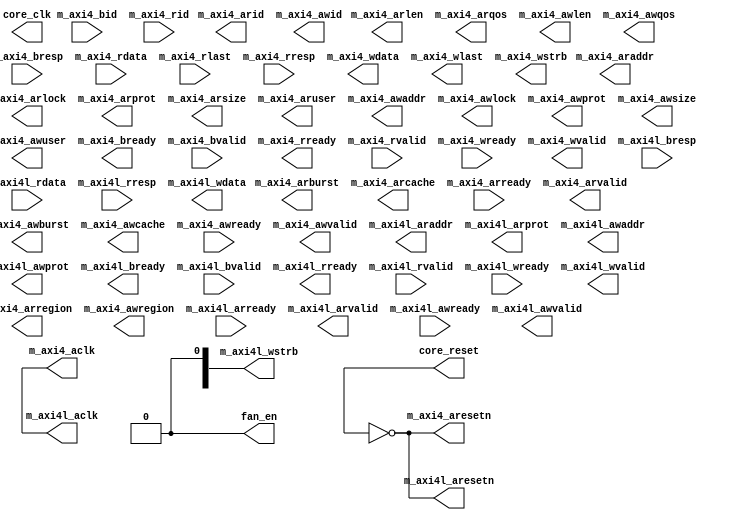

`timescale 1 ns / 1 ps


module design_1
   (core_clk,
    core_reset,
    fan_en,
    m_axi4_aclk,
    m_axi4_araddr,
    m_axi4_arburst,
    m_axi4_arcache,
    m_axi4_aresetn,
    m_axi4_arid,
    m_axi4_arlen,
    m_axi4_arlock,
    m_axi4_arprot,
    m_axi4_arqos,
    m_axi4_arready,
    m_axi4_arregion,
    m_axi4_arsize,
    m_axi4_aruser,
    m_axi4_arvalid,
    m_axi4_awaddr,
    m_axi4_awburst,
    m_axi4_awcache,
    m_axi4_awid,
    m_axi4_awlen,
    m_axi4_awlock,
    m_axi4_awprot,
    m_axi4_awqos,
    m_axi4_awready,
    m_axi4_awregion,
    m_axi4_awsize,
    m_axi4_awuser,
    m_axi4_awvalid,
    m_axi4_bid,
    m_axi4_bready,
    m_axi4_bresp,
    m_axi4_bvalid,
    m_axi4_rdata,
    m_axi4_rid,
    m_axi4_rlast,
    m_axi4_rready,
    m_axi4_rresp,
    m_axi4_rvalid,
    m_axi4_wdata,
    m_axi4_wlast,
    m_axi4_wready,
    m_axi4_wstrb,
    m_axi4_wvalid,
    m_axi4l_aclk,
    m_axi4l_araddr,
    m_axi4l_aresetn,
    m_axi4l_arprot,
    m_axi4l_arready,
    m_axi4l_arvalid,
    m_axi4l_awaddr,
    m_axi4l_awprot,
    m_axi4l_awready,
    m_axi4l_awvalid,
    m_axi4l_bready,
    m_axi4l_bresp,
    m_axi4l_bvalid,
    m_axi4l_rdata,
    m_axi4l_rready,
    m_axi4l_rresp,
    m_axi4l_rvalid,
    m_axi4l_wdata,
    m_axi4l_wready,
    m_axi4l_wstrb,
    m_axi4l_wvalid);
  output core_clk;
  output [0:0]core_reset;
  output [0:0]fan_en;
  output m_axi4_aclk;
  output [39:0]m_axi4_araddr;
  output [1:0]m_axi4_arburst;
  output [3:0]m_axi4_arcache;
  output [0:0]m_axi4_aresetn;
  output [15:0]m_axi4_arid;
  output [7:0]m_axi4_arlen;
  output [0:0]m_axi4_arlock;
  output [2:0]m_axi4_arprot;
  output [3:0]m_axi4_arqos;
  input [0:0]m_axi4_arready;
  output [3:0]m_axi4_arregion;
  output [2:0]m_axi4_arsize;
  output [15:0]m_axi4_aruser;
  output [0:0]m_axi4_arvalid;
  output [39:0]m_axi4_awaddr;
  output [1:0]m_axi4_awburst;
  output [3:0]m_axi4_awcache;
  output [15:0]m_axi4_awid;
  output [7:0]m_axi4_awlen;
  output [0:0]m_axi4_awlock;
  output [2:0]m_axi4_awprot;
  output [3:0]m_axi4_awqos;
  input [0:0]m_axi4_awready;
  output [3:0]m_axi4_awregion;
  output [2:0]m_axi4_awsize;
  output [15:0]m_axi4_awuser;
  output [0:0]m_axi4_awvalid;
  input [15:0]m_axi4_bid;
  output [0:0]m_axi4_bready;
  input [1:0]m_axi4_bresp;
  input [0:0]m_axi4_bvalid;
  input [31:0]m_axi4_rdata;
  input [15:0]m_axi4_rid;
  input [0:0]m_axi4_rlast;
  output [0:0]m_axi4_rready;
  input [1:0]m_axi4_rresp;
  input [0:0]m_axi4_rvalid;
  output [31:0]m_axi4_wdata;
  output [0:0]m_axi4_wlast;
  input [0:0]m_axi4_wready;
  output [3:0]m_axi4_wstrb;
  output [0:0]m_axi4_wvalid;
  output m_axi4l_aclk;
  output [39:0]m_axi4l_araddr;
  output [0:0]m_axi4l_aresetn;
  output [2:0]m_axi4l_arprot;
  input m_axi4l_arready;
  output m_axi4l_arvalid;
  output [39:0]m_axi4l_awaddr;
  output [2:0]m_axi4l_awprot;
  input m_axi4l_awready;
  output m_axi4l_awvalid;
  output m_axi4l_bready;
  input [1:0]m_axi4l_bresp;
  input m_axi4l_bvalid;
  input [31:0]m_axi4l_rdata;
  output m_axi4l_rready;
  input [1:0]m_axi4l_rresp;
  input m_axi4l_rvalid;
  output [31:0]m_axi4l_wdata;
  input m_axi4l_wready;
  output [3:0]m_axi4l_wstrb;
  output m_axi4l_wvalid;

  wire core_clk;
  wire [0:0]core_reset;
  wire [0:0]fan_en;
  wire m_axi4_aclk;
  wire [39:0]m_axi4_araddr;
  wire [1:0]m_axi4_arburst;
  wire [3:0]m_axi4_arcache;
  wire [0:0]m_axi4_aresetn;
  wire [15:0]m_axi4_arid;
  wire [7:0]m_axi4_arlen;
  wire [0:0]m_axi4_arlock;
  wire [2:0]m_axi4_arprot;
  wire [3:0]m_axi4_arqos;
  wire [0:0]m_axi4_arready;
  wire [3:0]m_axi4_arregion;
  wire [2:0]m_axi4_arsize;
  wire [15:0]m_axi4_aruser;
  wire [0:0]m_axi4_arvalid;
  wire [39:0]m_axi4_awaddr;
  wire [1:0]m_axi4_awburst;
  wire [3:0]m_axi4_awcache;
  wire [15:0]m_axi4_awid;
  wire [7:0]m_axi4_awlen;
  wire [0:0]m_axi4_awlock;
  wire [2:0]m_axi4_awprot;
  wire [3:0]m_axi4_awqos;
  wire [0:0]m_axi4_awready;
  wire [3:0]m_axi4_awregion;
  wire [2:0]m_axi4_awsize;
  wire [15:0]m_axi4_awuser;
  wire [0:0]m_axi4_awvalid;
  wire [15:0]m_axi4_bid;
  wire [0:0]m_axi4_bready;
  wire [1:0]m_axi4_bresp;
  wire [0:0]m_axi4_bvalid;
  wire [31:0]m_axi4_rdata;
  wire [15:0]m_axi4_rid;
  wire [0:0]m_axi4_rlast;
  wire [0:0]m_axi4_rready;
  wire [1:0]m_axi4_rresp;
  wire [0:0]m_axi4_rvalid;
  wire [31:0]m_axi4_wdata;
  wire [0:0]m_axi4_wlast;
  wire [0:0]m_axi4_wready;
  wire [3:0]m_axi4_wstrb;
  wire [0:0]m_axi4_wvalid;
  wire m_axi4l_aclk;
  wire [39:0]m_axi4l_araddr;
  wire [0:0]m_axi4l_aresetn;
  wire [2:0]m_axi4l_arprot;
  wire m_axi4l_arready;
  wire m_axi4l_arvalid;
  wire [39:0]m_axi4l_awaddr;
  wire [2:0]m_axi4l_awprot;
  wire m_axi4l_awready;
  wire m_axi4l_awvalid;
  wire m_axi4l_bready;
  wire [1:0]m_axi4l_bresp;
  wire m_axi4l_bvalid;
  wire [31:0]m_axi4l_rdata;
  wire m_axi4l_rready;
  wire [1:0]m_axi4l_rresp;
  wire m_axi4l_rvalid;
  wire [31:0]m_axi4l_wdata;
  wire m_axi4l_wready;
  wire [3:0]m_axi4l_wstrb;
  wire m_axi4l_wvalid;


    reg     reset;
    reg     clk;
    reg     aclk;

    reg     [39:0]  axi4l_awaddr    ;
    reg     [2:0]   axi4l_awprot    ;
    reg             axi4l_awvalid   ;
    wire            axi4l_awready   ;
    reg     [31:0]  axi4l_wdata     ;
    reg     [3:0]   axi4l_wstrb     ;
    reg             axi4l_wvalid    ;
    wire            axi4l_wready    ;
    wire    [1:0]   axi4l_bresp     ;
    wire            axi4l_bvalid    ;
    reg             axi4l_bready    ;
    reg     [39:0]  axi4l_araddr    ;
    reg     [2:0]   axi4l_arprot    ;
    reg             axi4l_arvalid   ;
    wire            axi4l_arready   ;
    wire    [31:0]  axi4l_rdata     ;
    wire    [1:0]   axi4l_rresp     ;
    wire            axi4l_rvalid    ;
    reg             axi4l_rready    ;

    reg   [15:0]    axi4_awid       ;
    reg   [39:0]    axi4_awaddr     ;
    reg   [1:0]     axi4_awburst    ;
    reg   [3:0]     axi4_awcache    ;
    reg   [7:0]     axi4_awlen      ;
    reg   [0:0]     axi4_awlock     ;
    reg   [2:0]     axi4_awprot     ;
    reg   [3:0]     axi4_awqos      ;
    reg   [3:0]     axi4_awregion   ;
    reg   [2:0]     axi4_awsize     ;
    reg   [15:0]    axi4_awuser     ;
    reg   [0:0]     axi4_awvalid    ;
    wire  [0:0]     axi4_awready    ;
    reg   [0:0]     axi4_wlast      ;
    reg   [31:0]    axi4_wdata      ;
    reg   [3:0]     axi4_wstrb      ;
    reg   [0:0]     axi4_wvalid     ;
    wire  [0:0]     axi4_wready     ;
    wire  [15:0]    axi4_bid        ;
    wire  [1:0]     axi4_bresp      ;
    wire  [0:0]     axi4_bvalid     ;
    reg   [0:0]     axi4_bready     ;
    reg   [39:0]    axi4_araddr     ;
    reg   [1:0]     axi4_arburst    ;
    reg   [3:0]     axi4_arcache    ;
    reg   [15:0]    axi4_arid       ;
    reg   [7:0]     axi4_arlen      ;
    reg   [0:0]     axi4_arlock     ;
    reg   [2:0]     axi4_arprot     ;
    reg   [3:0]     axi4_arqos      ;
    reg   [3:0]     axi4_arregion   ;
    reg   [2:0]     axi4_arsize     ;
    reg   [15:0]    axi4_aruser     ;
    reg   [0:0]     axi4_arvalid    ;
    wire  [0:0]     axi4_arready    ;
    wire  [15:0]    axi4_rid        ;
    wire  [31:0]    axi4_rdata      ;
    wire  [0:0]     axi4_rlast      ;
    wire  [1:0]     axi4_rresp      ;
    wire  [0:0]     axi4_rvalid     ;
    reg   [0:0]     axi4_rready     ;


    assign fan_en = 1'b0;
    assign core_reset = reset;
    assign core_clk   = clk;

    assign m_axi4l_aresetn = ~reset         ;
    assign m_axi4l_aclk    = aclk           ;

    assign m_axi4l_awaddr  = axi4l_awaddr   ;
    assign m_axi4l_awprot  = axi4l_awprot   ;
    assign m_axi4l_awvalid = axi4l_awvalid  ;
    assign m_axi4l_wdata   = axi4l_wdata    ;
    assign m_axi4l_wstrb   = axi4l_wstrb    ;
    assign m_axi4l_wvalid  = axi4l_wvalid   ;
    assign m_axi4l_bready  = axi4l_bready   ;
    assign m_axi4l_araddr  = axi4l_araddr   ;
    assign m_axi4l_arprot  = axi4l_arprot   ;
    assign m_axi4l_arvalid = axi4l_arvalid  ;
    assign m_axi4l_rready  = axi4l_rready   ;
    
    assign axi4l_awready  = m_axi4l_awready ;
    assign axi4l_wready   = m_axi4l_wready  ;
    assign axi4l_bresp    = m_axi4l_bresp   ;
    assign axi4l_bvalid   = m_axi4l_bvalid  ;
    assign axi4l_arready  = m_axi4l_arready ;
    assign axi4l_rdata    = m_axi4l_rdata   ;
    assign axi4l_rresp    = m_axi4l_rresp   ;
    assign axi4l_rvalid   = m_axi4l_rvalid  ;


    assign m_axi4_aresetn = ~reset         ;
    assign m_axi4_aclk    = aclk           ;

    assign m_axi4_awid     = axi4_awid     ;
    assign m_axi4_awaddr   = axi4_awaddr   ;
    assign m_axi4_awburst  = axi4_awburst  ;
    assign m_axi4_awcache  = axi4_awcache  ;
    assign m_axi4_awlen    = axi4_awlen    ;
    assign m_axi4_awlock   = axi4_awlock   ;
    assign m_axi4_awprot   = axi4_awprot   ;
    assign m_axi4_awqos    = axi4_awqos    ;
    assign m_axi4_awregion = axi4_awregion ;
    assign m_axi4_awsize   = axi4_awsize   ;
    assign m_axi4_awuser   = axi4_awuser   ;
    assign m_axi4_awvalid  = axi4_awvalid  ;
    assign m_axi4_wlast    = axi4_wlast    ;
    assign m_axi4_wdata    = axi4_wdata    ;
    assign m_axi4_wstrb    = axi4_wstrb    ;
    assign m_axi4_wvalid   = axi4_wvalid   ;
    assign m_axi4_bready   = axi4_bready   ;
    assign m_axi4_araddr   = axi4_araddr   ;
    assign m_axi4_arburst  = axi4_arburst  ;
    assign m_axi4_arcache  = axi4_arcache  ;
    assign m_axi4_arid     = axi4_arid     ;
    assign m_axi4_arlen    = axi4_arlen    ;
    assign m_axi4_arlock   = axi4_arlock   ;
    assign m_axi4_arprot   = axi4_arprot   ;
    assign m_axi4_arqos    = axi4_arqos    ;
    assign m_axi4_arregion = axi4_arregion ;
    assign m_axi4_arsize   = axi4_arsize   ;
    assign m_axi4_aruser   = axi4_aruser   ;
    assign m_axi4_arvalid  = axi4_arvalid  ;
    assign m_axi4_rready   = axi4_rready   ;

    assign axi4_awready    = m_axi4_awready;
    assign axi4_wready     = m_axi4_wready ;
    assign axi4_bid        = m_axi4_bid    ;
    assign axi4_bresp      = m_axi4_bresp  ;
    assign axi4_bvalid     = m_axi4_bvalid ;
    assign axi4_arready    = m_axi4_arready;
    assign axi4_rid        = m_axi4_rid    ;
    assign axi4_rdata      = m_axi4_rdata  ;
    assign axi4_rlast      = m_axi4_rlast  ;
    assign axi4_rresp      = m_axi4_rresp  ;
    assign axi4_rvalid     = m_axi4_rvalid ;

endmodule